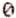
0